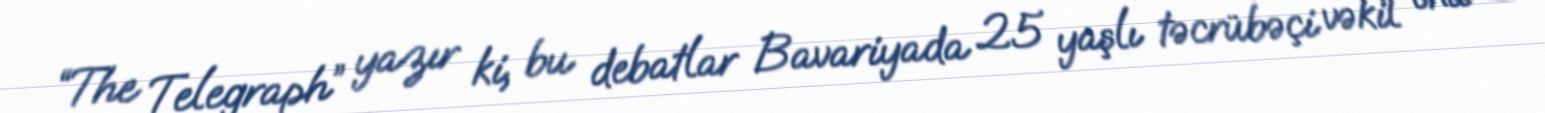
“The Telegraph” yazır ki, bu debatlar Bavariyada 25 yaşlı təcrübəçi vəkil ona